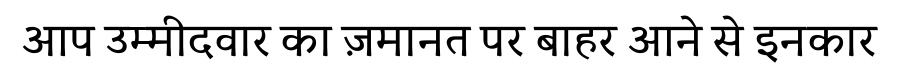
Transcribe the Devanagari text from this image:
आप उम्मीदवार का ज़मानत पर बाहर आने से इनकार